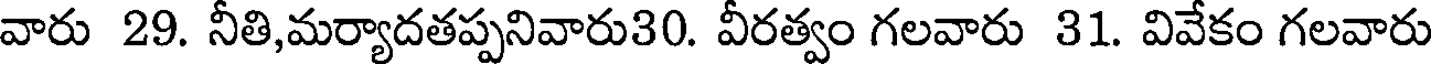
వారు 29. నీతి,మర్యాదతప్పనివారు30. వీరత్వం గలవారు 31. వివేకం గలవారు